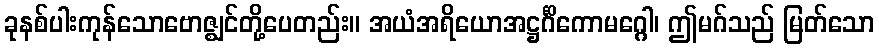
ခုနစ်ပါးကုန်သောဗောဇ္ဈင်တို့ပေတည်း။ အယံအရိယောအဋ္ဌင်္ဂိကောမဂ္ဂေါ၊ ဤမဂ်သည် မြတ်သော